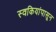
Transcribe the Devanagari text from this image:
स्वकियांपासून